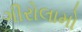
ગીરોલામો